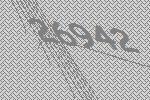
26942